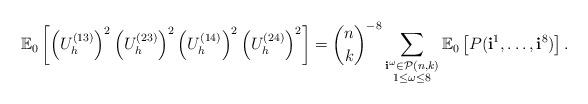
LaTeX: \begin{align*} \mathbb{E}_0\left[ \left(U_h^{(13)}\right)^2 \left(U_h^{(23)}\right)^2 \left(U_h^{(14)}\right)^2 \left(U_h^{(24)}\right)^2 \right] ={n \choose k}^{-8} \sum_{ \substack{\mathbf{i}^\omega \in\mathcal{P}(n, k) \\ 1 \leq \omega \leq 8}}\mathbb{E}_0\left[P({\bf i}^1, \dots, {\bf i}^8) \right] . \end{align*}